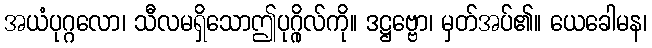
အယံပုဂ္ဂလော၊ သီလမရှိသောဤပုဂ္ဂိုလ်ကို။ ဒဋ္ဌဗ္ဗော၊ မှတ်အပ်၏။ ယေခေါမန၊